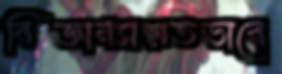
বিজ্ঞানসম্মতভাবে